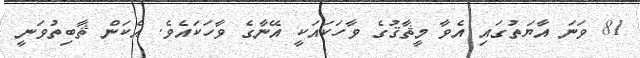
81 ވަނަ އާޔަތުގައި އެވާ މީޘާޤުގެ ވާހަކައަކީ އޭނާގެ ވާހަކައެވެ. އެކަން ޘާބިތުވަނީ